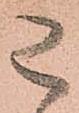
已